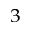
^ 3